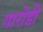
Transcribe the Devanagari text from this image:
गारोडी